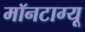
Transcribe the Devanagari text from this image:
मॉनटाग्यू